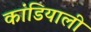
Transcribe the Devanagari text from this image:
कांडियाली